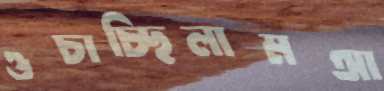
ওচাচ্ছিলামআ